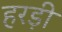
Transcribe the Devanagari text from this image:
हरड़ी